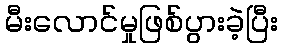
မီးလောင်မှုဖြစ်ပွားခဲ့ပြီး